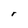
Character: r